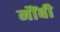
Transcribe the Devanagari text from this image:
नौंबी